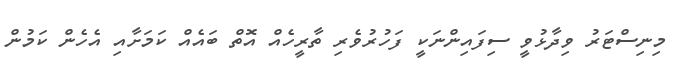
މިނިސްޓަރު ވިދާޅުވީ ސިފައިންނަކީ ފަހުރުވެރި ތާރީހެއް އޮތް ބައެއް ކަމަށާއި އެހެން ކަމުން